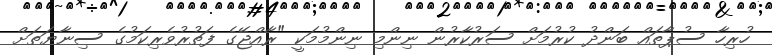
ހުރިހާ ސުޕާތައް ބަންދު ކުރުމަށް ސަރުކާރުން ނިންމި ނިންމުމަކީ "ރާއްޖޭގެ ފަތުރުވެރިކަމުގެ ސިނާޔަތަށް